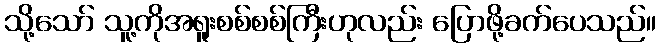
သို့သော် သူ့ကိုအရူးစစ်စစ်ကြီးဟုလည်း ပြောဖို့ခက်ပေသည်။